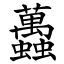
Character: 䘍